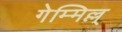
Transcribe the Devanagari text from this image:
गेम्मिल्ल्